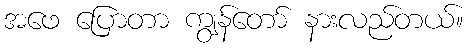
အဖေ ပြောတာ ကျွန်တော် နားလည်တယ်။